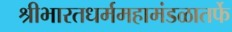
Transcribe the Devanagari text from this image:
श्रीभारतधर्ममहामंडळातर्फे